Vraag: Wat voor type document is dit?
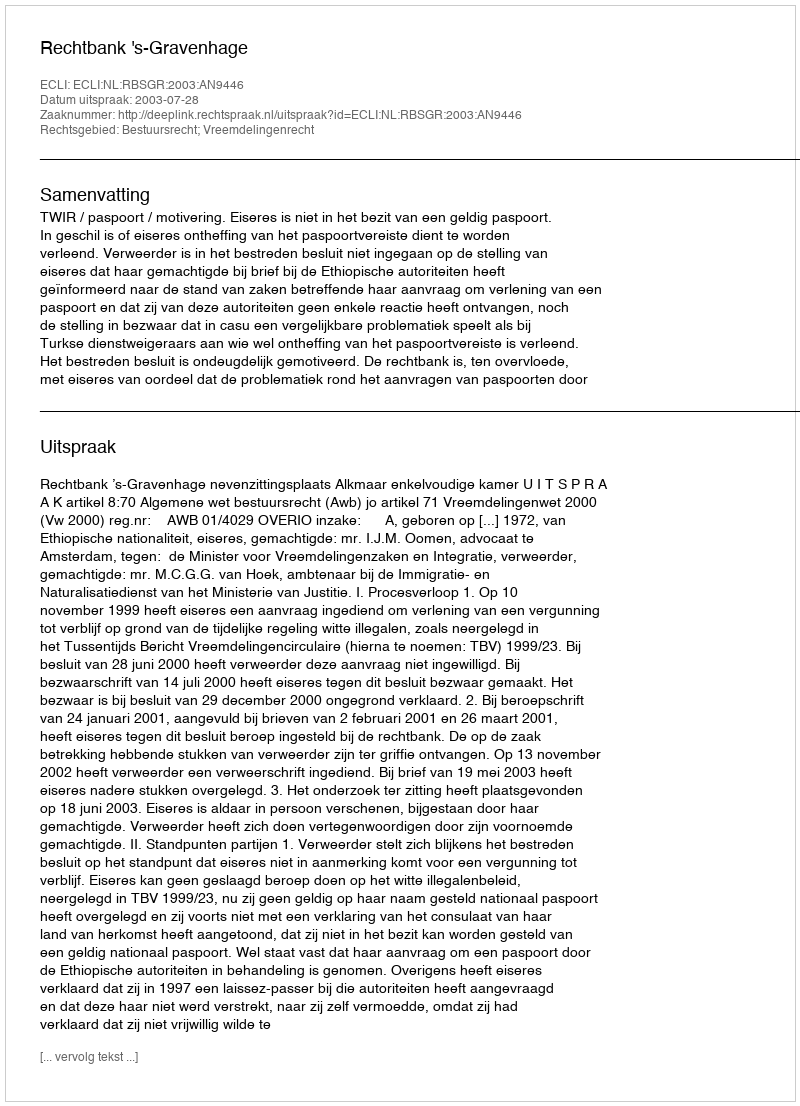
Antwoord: Uitspraak